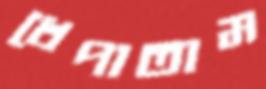
খেপাতাম